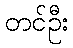
တင်ဦး